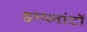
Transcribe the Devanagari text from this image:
इम्प्लांटों